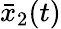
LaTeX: \bar{x}_{2}(t)